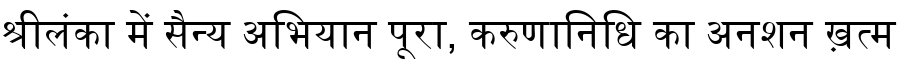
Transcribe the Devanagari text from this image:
श्रीलंका में सैन्य अभियान पूरा, करुणानिधि का अनशन ख़त्म